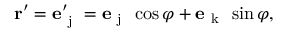
\mathbf { r } ^ { \prime } = { \mathbf e } _ { \mathrm { ~ j ~ } } ^ { \prime } = { \mathbf e } _ { \mathrm { ~ j ~ } } \, \cos \varphi + { \mathbf e } _ { \mathrm { ~ k ~ } } \, \sin \varphi ,